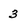
Character: 3